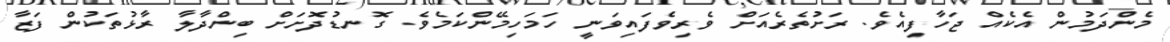
މެންދަމުން އެކެއް ޖަހާފިއެވެ. ރަށުތެރެއަށް ވެރިވެފައިވަނީ ހަމަހިމޭންކަމެވެ. ގޮނޑުދޮށަށް ބިންދާލާ ރާޅުތަކުން ފަޒާ